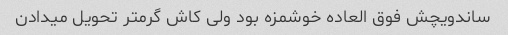
ساندویچش فوق العاده خوشمزه بود ولی کاش گرمتر تحویل میدادن